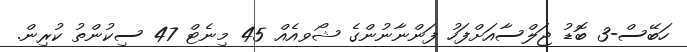
ހަބޭސް-3 ބޮޑު ޖަލްސާއަށްފަހު ފަންނާނުންގެ ޝޯވއެއް 45 މިނެޓް 47 ސިކުންތު ކުރިން.